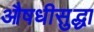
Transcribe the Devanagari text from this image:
औषधीसुद्धा